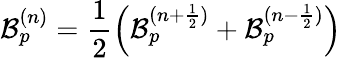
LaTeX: \mathcal{B}_{p}^{(n)}=\frac{1}{2}\left(\mathcal{B}_{p}^{(n+\frac{1}{2})}+\mathcal{B}_{p}^{(n-\frac{1}{2})}\right)